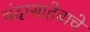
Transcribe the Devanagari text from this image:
चंदासाहेबाचे